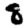
Digit: 8